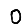
Digit: 0